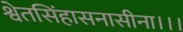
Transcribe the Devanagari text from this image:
श्वेतसिंहासनासीना।।।